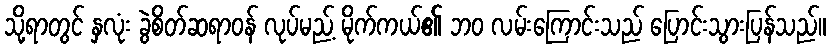
သို့ရာတွင် နှလုံး ခွဲစိတ်ဆရာဝန် လုပ်မည့် မိုက်ကယ်၏ ဘဝ လမ်းကြောင်းသည် ပြောင်းသွားပြန်သည်။